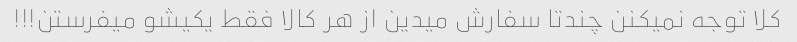
کلا توجه نمیکنن چندتا سفارش میدین از هر کالا فقط یکیشو میفرستن!!!